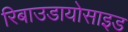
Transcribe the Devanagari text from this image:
रिबाउडायोसाइड